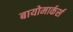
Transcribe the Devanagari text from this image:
बायोमार्कर्स